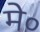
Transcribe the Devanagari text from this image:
मे०